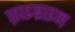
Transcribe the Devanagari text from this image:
फ़ाइब्राइन